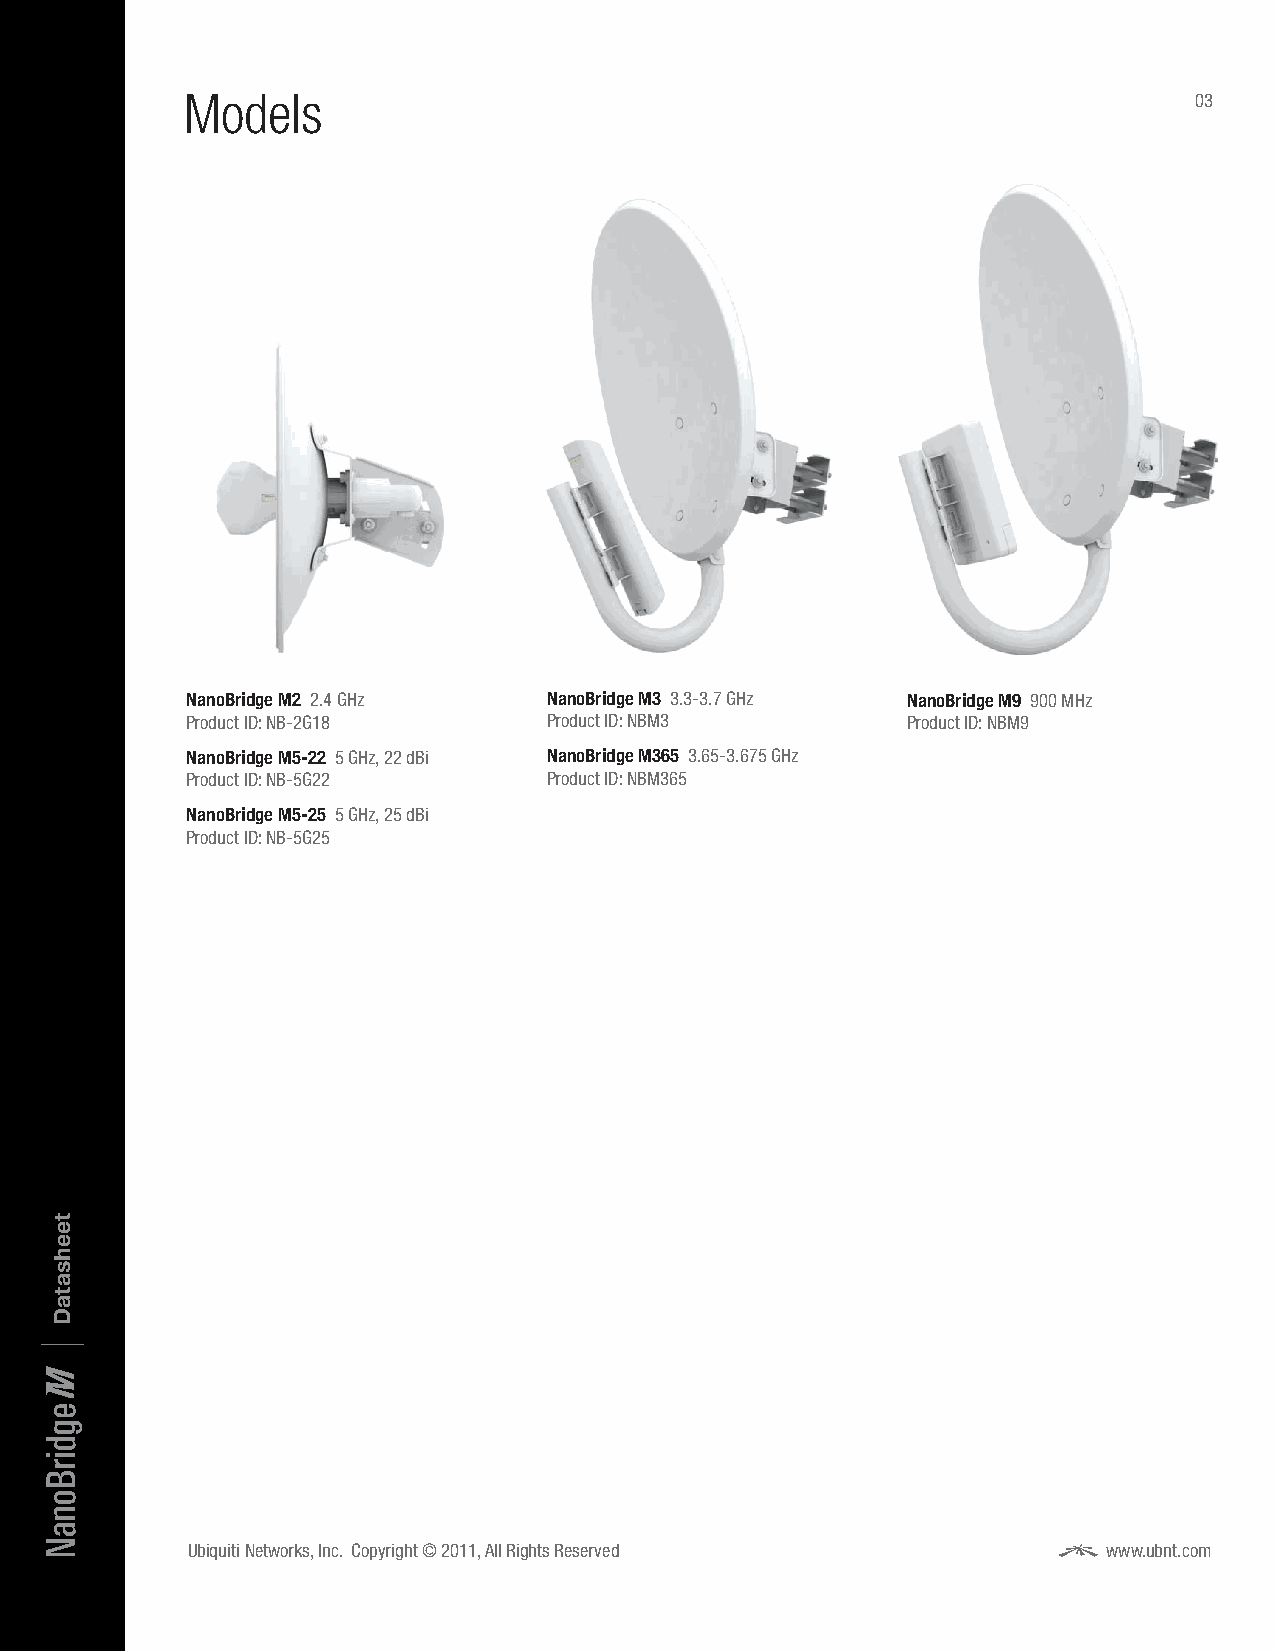
Models                                                             03
 NanoBridge M2 2.4 GHz   NanoBridge M3 3.3-3.7 GHz NanoBridge M9 900 MHz
 Product ID: NB-2G18     Product ID: NBM3        Product ID: NBM9
 NanoBridge M5-22 5 GHz, 22 dBi NanoBridge M365 3.65-3.675 GHz
 Product ID: NB-5G22     Product ID: NBM365
 NanoBridge M5-25 5 GHz, 25 dBi
 Product ID: NB-5G25
 Ubiquiti Networks, Inc. Copyright © 2011, All Rights Reserved www.ubnt.com
 |
 egdirBonaN
 teehsataD